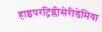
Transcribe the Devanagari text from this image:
हाइपरट्रिग्लीसेरीडेमिया